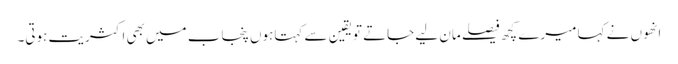
انھوں نے کہا میرے کچھ فیصلے مان لیے جاتے تویقین سے کہتاہوں پنجاب میں بھی اکثریت ہوتی۔